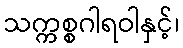
သက္ကစ္စဂါရဝါနှင့်၊